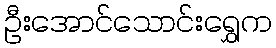
ဦးအောင်သောင်းရွှေက